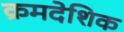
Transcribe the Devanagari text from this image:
क्रमदेशिक